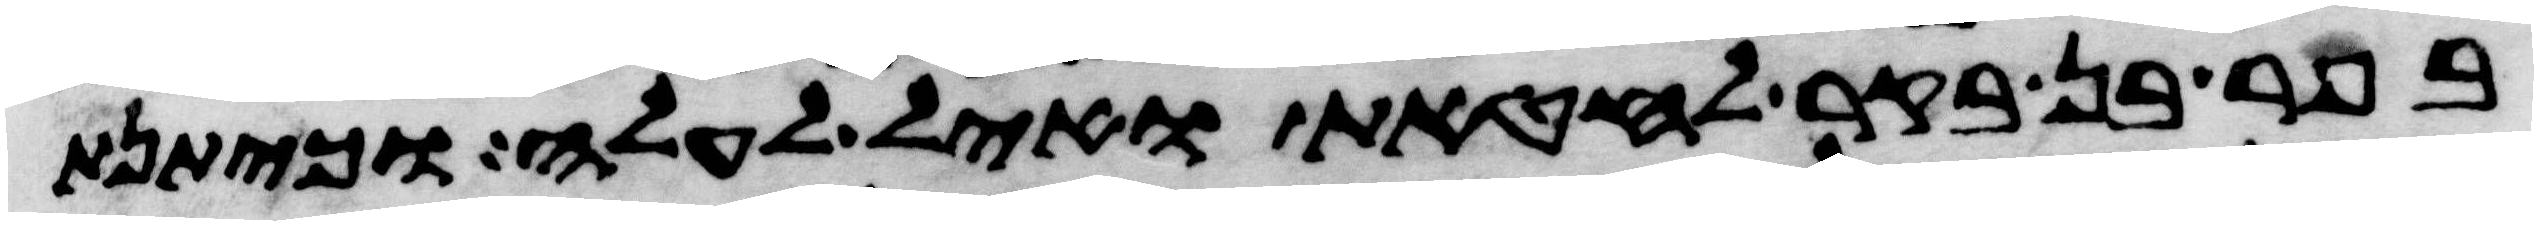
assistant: בפר בן בקר לחטאת ואיל לעלה וכיתנת